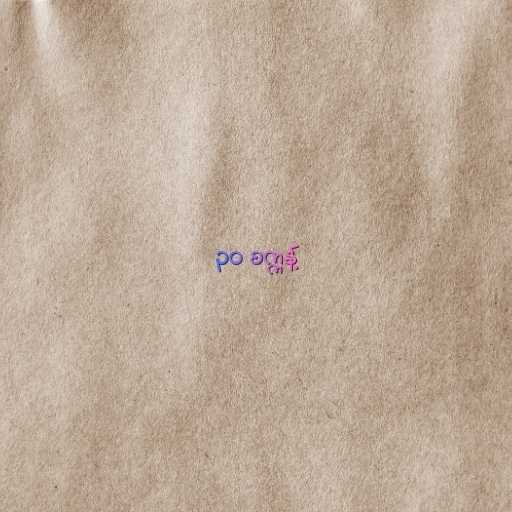
၃၀ စက္ကန့်